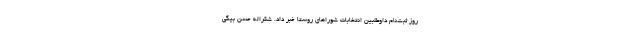
روز ثبت‌نام داوطلبین انتخابات شوراهای روستا خبر داد. شکراله حسن بیگی